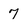
Character: 7